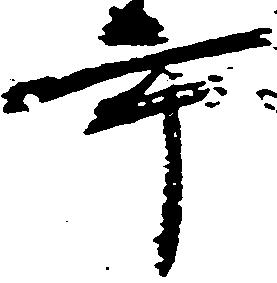
年